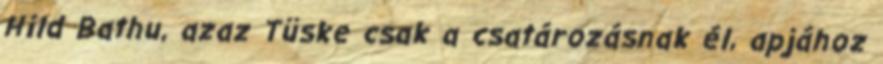
Hild Bathu, azaz Tüske csak a csatározásnak él, apjához